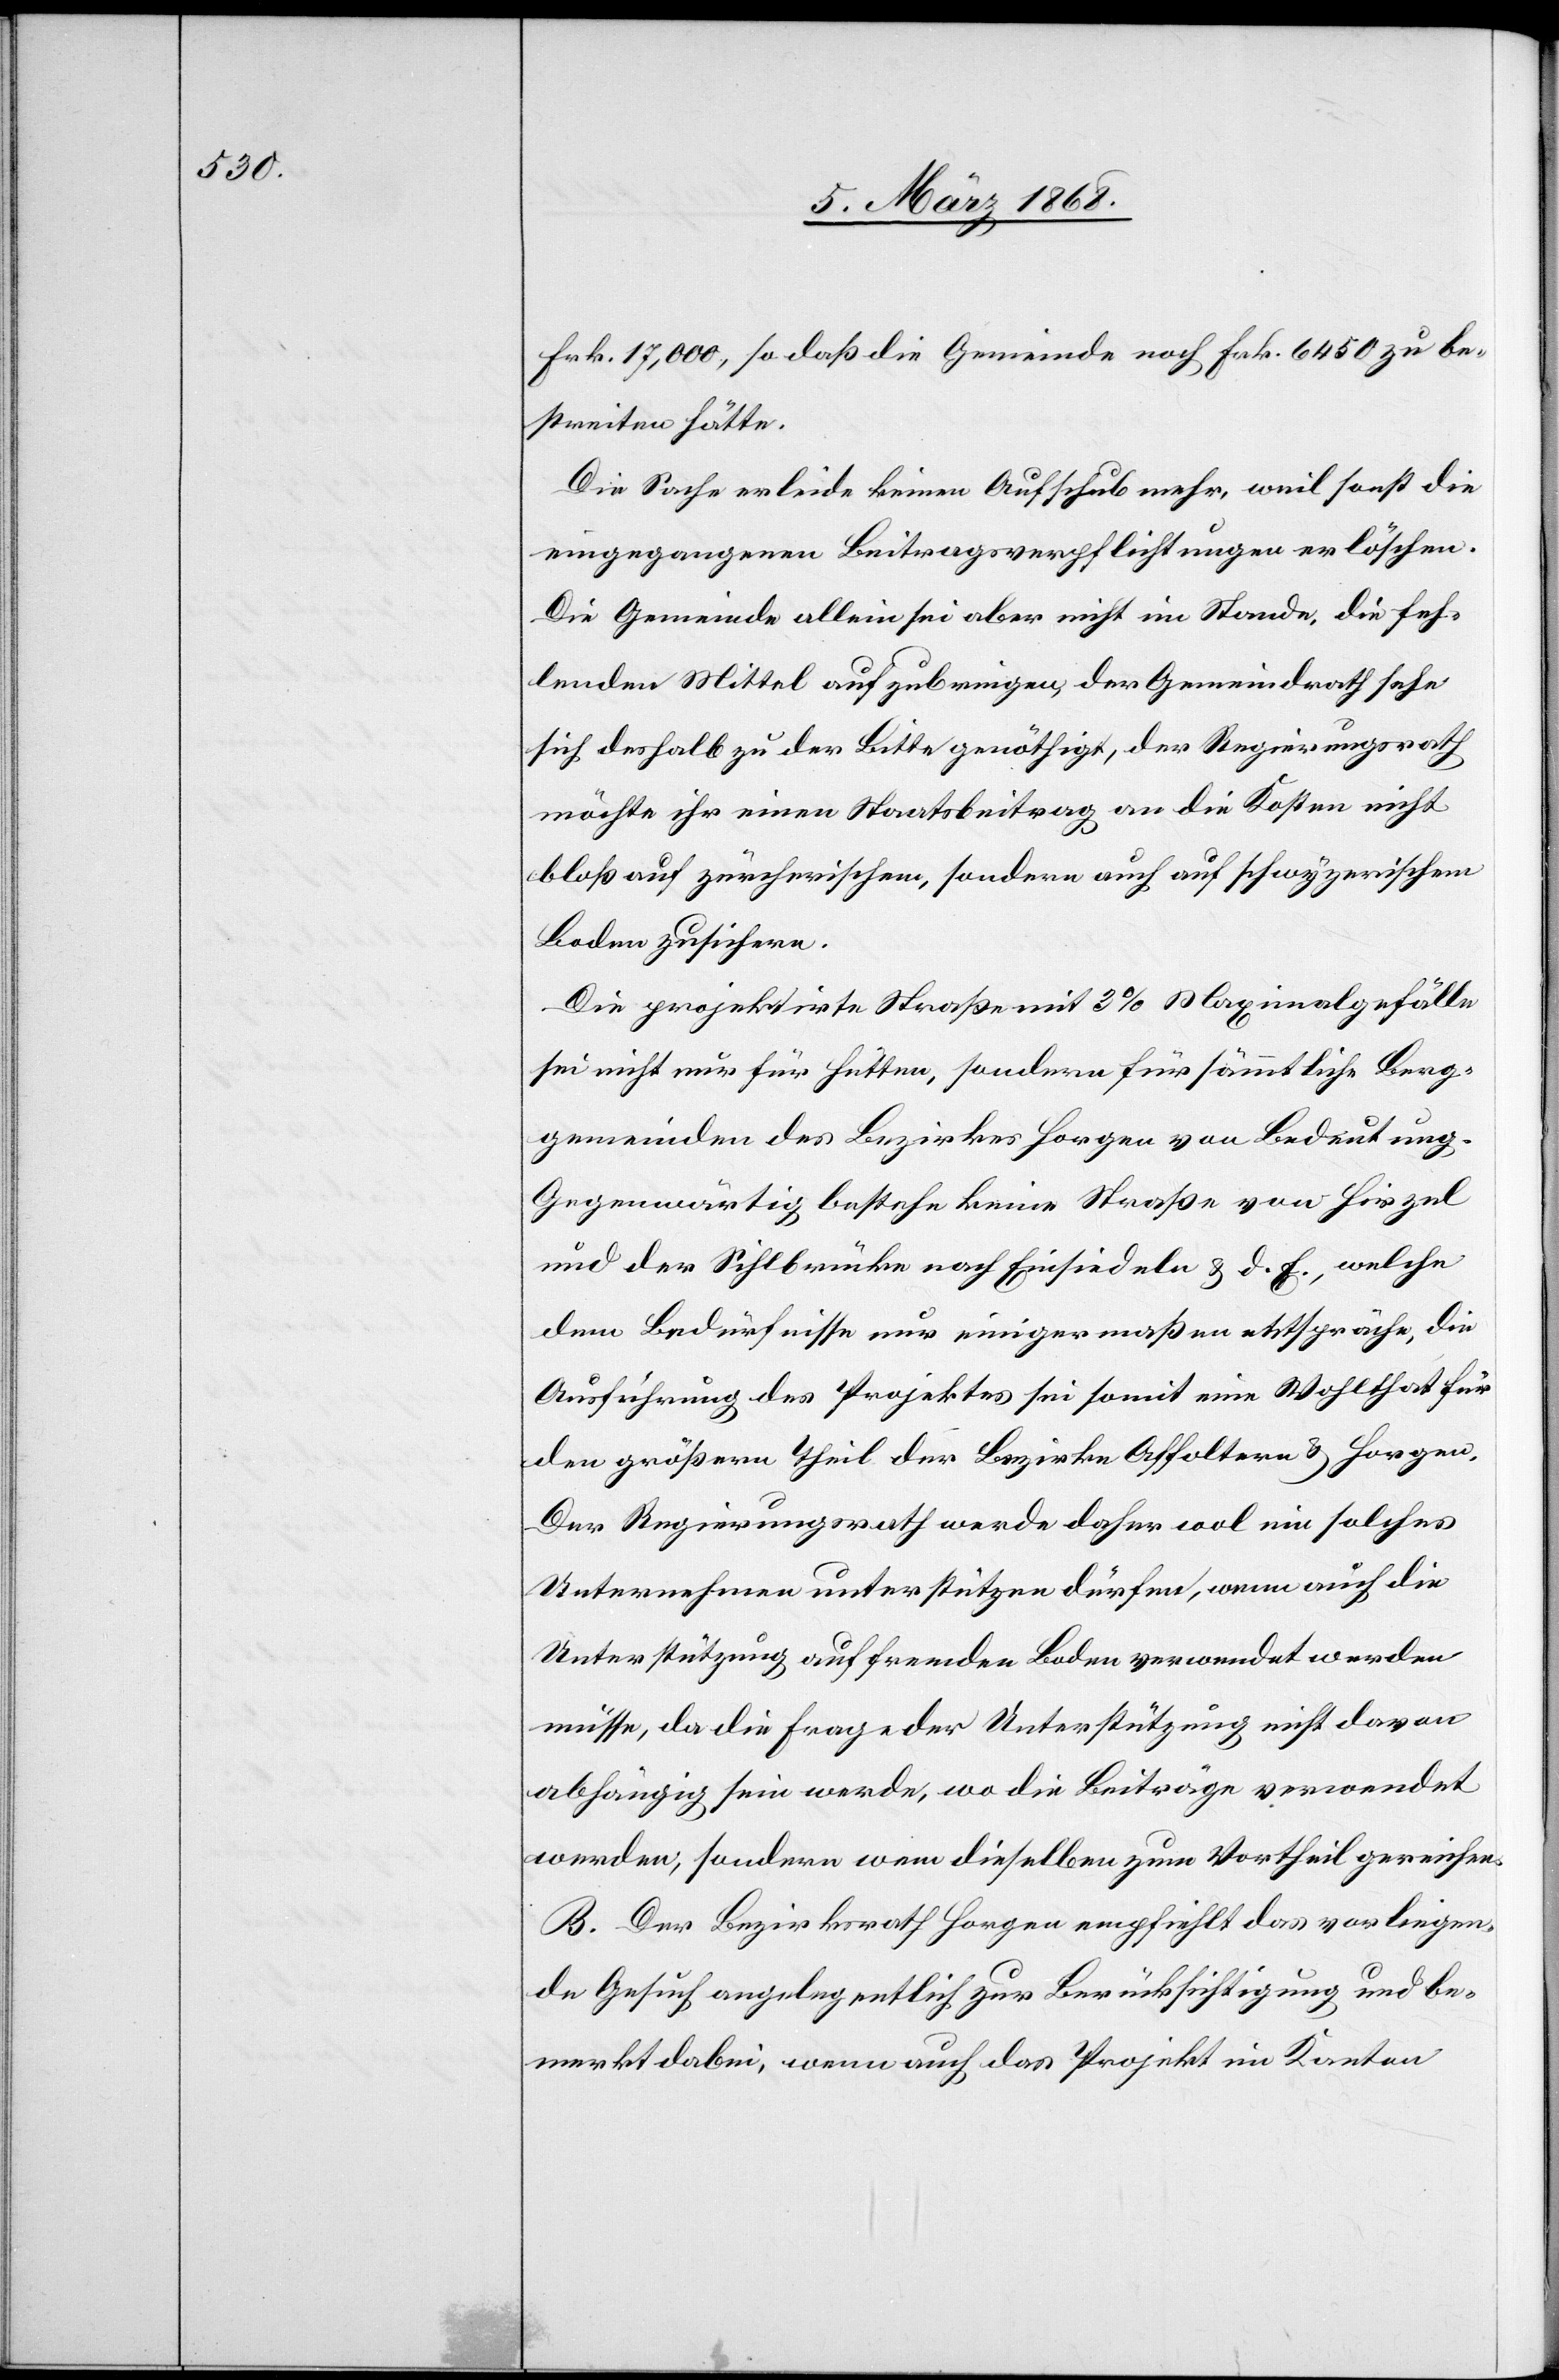
Frk. 17,000, so daß die Gemeinde noch Frk. 6450 zu be¬
streiten hätte.
Die Sache erleide keinen Aufschub mehr, weil sonst die
eingegangenen Beitragsverpflichtungen erlöschen.
Die Gemeinde allein sei aber nicht im Stande, die feh¬
lenden Mittel aufzubringen, der Gemeindrath sehe
sich deshalb zu der Bitte genöthigt, der Regierungsrath
möchte ihr einen Staatsbeitrag an die Kosten nicht
bloß auf zürcherischem, sondern auch auf schwyzerischem
Boden zusichern.
Die projektirte Straße mit 3% Maximalgefälle
sei nicht nur für Hütten, sondern für sämmtliche Berg¬
gemeinden des Bezirkes Horgen von Bedeutung.
Gegenwärtig bestehe keine Straße von Hirzel
und der Sihlbrücke nach Einsiedeln & d. E., welche
dem Bedürfnisse nur einigermaßen entspräche, die
Ausführung des Projektes sei somit eine Wohlthat für
den größern Theil der Bezirke Affoltern & Horgen.
Der Regierungsrath werde daher wol ein solches
Unternehmen unterstützen dürfen, wenn auch die
Unterstützung auf fremden Boden verwendet werden
müsse, da die Frage der Unterstützung nicht davon
abhängig sein werde, wo die Beiträge verwendet
werden, sondern wem dieselben zum Vortheil gereichen.
B. Der Bezirksrath Horgen empfiehlt das vorliegen¬
de Gesuch angelegentlich zur Berücksichtigung und be¬
merkt dabei, wenn auch das Projekt im Kanton